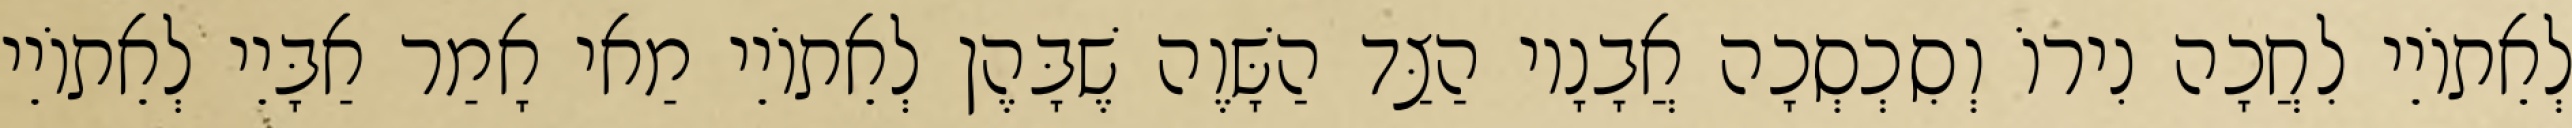
לְאֵתוֹיֵי לִחֲכָה נִירוֹ וְסִכְסְכָה אֲבָנָיו הַצַּד הַשָּׁוֶה שֶׁבָּהֶן לְאֵתוֹיֵי מַאי אָמַר אַבָּיֵי לְאֵתוֹיֵי